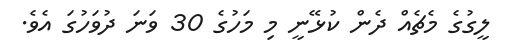
ލީގުގެ މެޗެއް ދެން ކުޅޭނީ މި މަހުގެ 30 ވަނަ ދުވަހުގަ އެވެ.